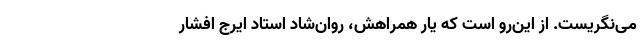
می‌نگریست. از این‌رو است که یارِ همراهش، روان‌شاد استاد ایرج افشار